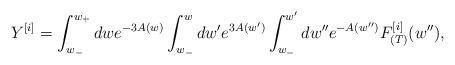
LaTeX: \begin{align*}Y^{[i]} = \int_{w_-}^{w_+}dwe^{-3A(w)}\int_{w_-}^wdw'e^{3A(w')} \int_{w_-}^{w'}dw''e^{-A(w'')}F_{(T)}^{[i]}(w''),\end{align*}